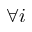
\forall i